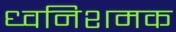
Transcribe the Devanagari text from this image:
ध्वनिशमक